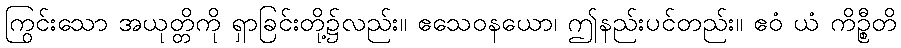
ကြွင်းသော အယုတ္တိကို ရှာခြင်းတို့၌လည်း။ ဧသေဝနယော၊ ဤနည်းပင်တည်း။ ဧဝံ ယံ ကိဉ္စီတိ